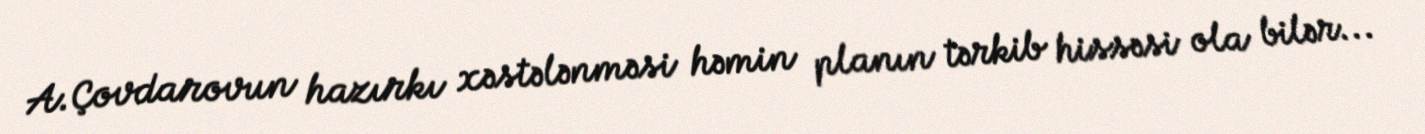
A.Çovdarovun hazırkı xəstələnməsi həmin planın tərkib hissəsi ola bilər...